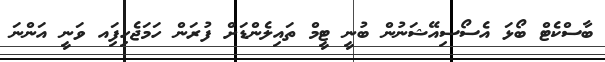
ބާސްކެޓް ބޯޅަ އެސޯސިއޭޝަނުން ބުނީ ޓީމް ތައިލެންޑަށް ފުރަން ހަމަޖެހިފަިއ ވަނީ އަންނަ